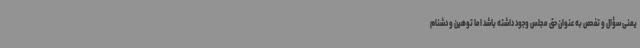
یعنی سؤال و تفحص به عنوان حق مجلس وجود داشته باشد اما توهین و دشنام